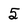
Character: 5